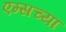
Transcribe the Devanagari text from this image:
एम्सच्या